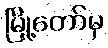
မြို့တော်မှ